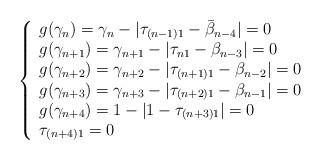
LaTeX: \begin{align*}\left\{\begin{array}{lr}g(\gamma_{n})=\gamma_{n}-|\tau_{(n-1)1}-\bar{\beta}_{n-4}|=0\\g(\gamma_{n+1})=\gamma_{n+1}-|\tau_{n1}-\beta_{n-3}|=0\\g(\gamma_{n+2})=\gamma_{n+2}-|\tau_{(n+1)1}-\beta_{n-2}|=0\\g(\gamma_{n+3})=\gamma_{n+3}-|\tau_{(n+2)1}-\beta_{n-1}|=0\\g(\gamma_{n+4})=1-|1-\tau_{(n+3)1}|=0\\\tau_{(n+4)1}=0\\\end{array}\right.\end{align*}